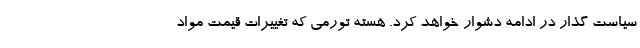
سیاست گذار در ادامه دشوار خواهد کرد. هسته تورمی که تغییرات قیمت مواد